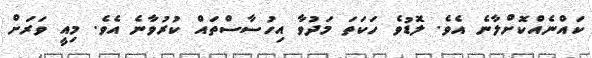
ކައްނެއްކޮށްލާނެ އެވެ. ލޮޑުވެ ހަކަތަ މަދުވާ އިހުސާސްތައް ކުރުވާނެ އެވެ. މިއީ ވަރަށް